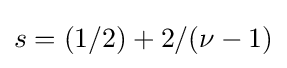
s=(1/2)+2/(\nu -1)